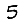
Digit: 5